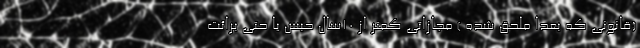
(قانونی که بعدا ملحق شده ) مجازاتی کمتر از 10سال حبس یا حتی برائت